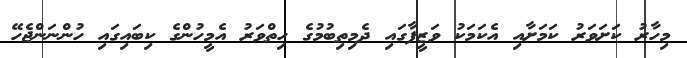
މިހާރު ކަށަވަރު ކަމަަށާއި އެކަަމަކު ވަޒީފާގައި ދެމިތިބުމުގެ ހިތްވަރު އެމީހުންގެ ކިބައިގައި ހުންނަންޖެހޭ